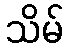
သိမ်